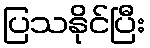
ပြသနိုင်ပြီး